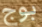
بوج